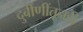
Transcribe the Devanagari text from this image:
दुर्बीणींतूनही